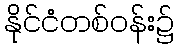
နိုင်ငံတစ်ဝန်း၌